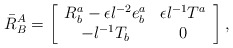
\begin{align*}\bar{R}^A_B = \left[\begin{array}{cc} R^a_b -\epsilon l^{-2} e^a_b & \epsilon l^{-1} T^a \\ -l^{-1} T_b & 0\end{array} \right],\end{align*}